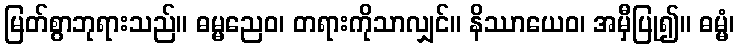
မြတ်စွာဘုရားသည်။ ဓမ္မညေဝ၊ တရားကိုသာလျှင်။ နိဿာယေဝ၊ အမှီပြု၍။ ဓမ္မံ၊